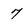
Character: 7